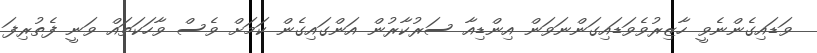
ވަޑައިގެންނެވީ ހާޒިރުވެވަޑައިގަންނަވަން އިންޑިއާ ސަރުކާރުން އަންގައިގެން ކަމަށް ވެސް ވާހަކަތައް ވަނީ ފެތުރިފަ